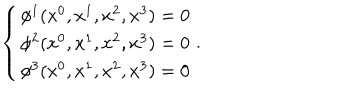
\left\{ \begin{array} { c } { { \phi ^ { 1 } ( x ^ { 0 } , x ^ { 1 } , x ^ { 2 } , x ^ { 3 } ) = 0 } } \\ { { \phi ^ { 2 } ( x ^ { 0 } , x ^ { 1 } , x ^ { 2 } , x ^ { 3 } ) = 0 } } \\ { { \phi ^ { 3 } ( x ^ { 0 } , x ^ { 1 } , x ^ { 2 } , x ^ { 3 } ) = 0 } } \\ \end{array} \right. .